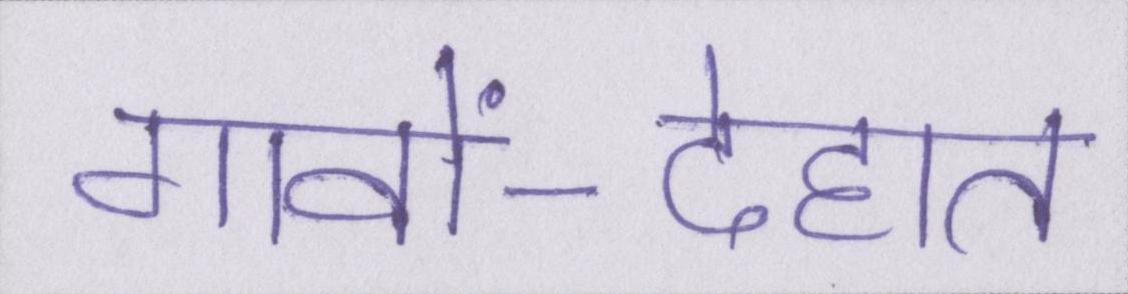
गावों-देहात